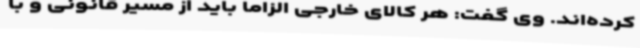
کرده‌اند. وی گفت: هر کالای خارجی الزاما باید از مسیر قانونی و با